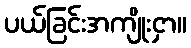
ပယ်ခြင်းအကျိုးငှာ။